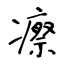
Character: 瘵